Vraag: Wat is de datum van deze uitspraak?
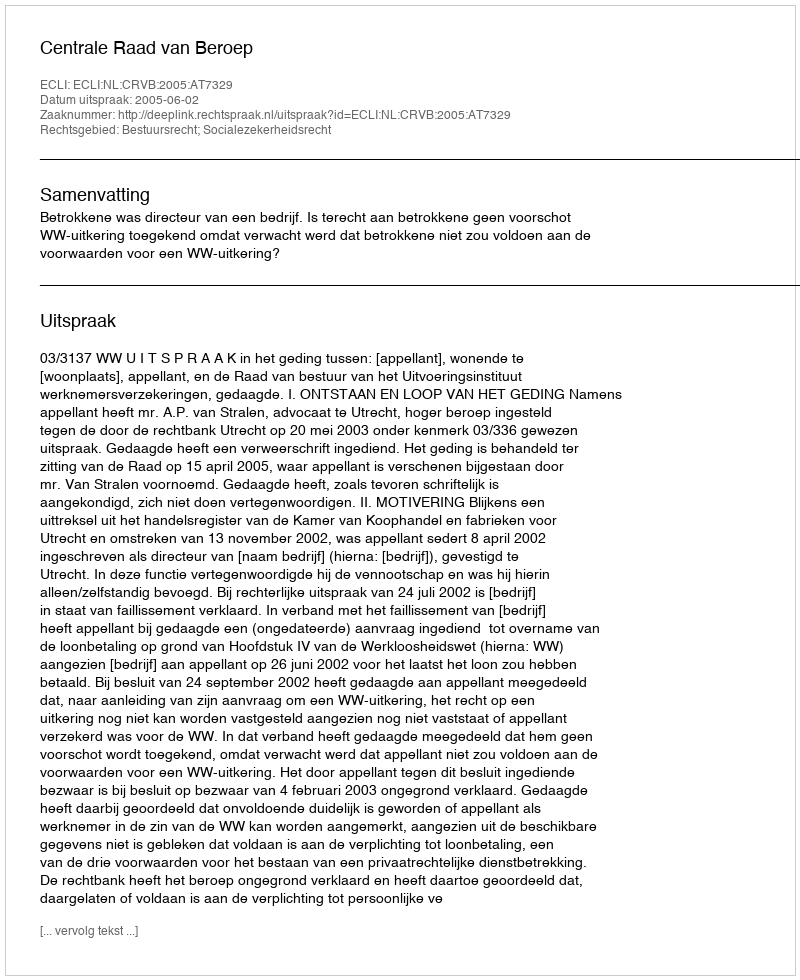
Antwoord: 2005-06-02